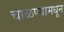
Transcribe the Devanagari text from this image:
चाळण्यामधून